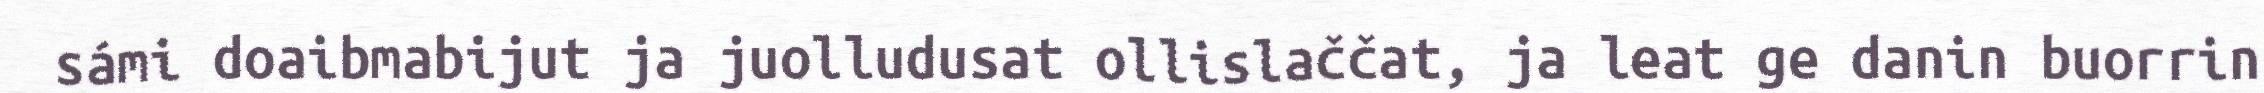
sámi doaibmabijut ja juolludusat ollislaččat, ja leat ge danin buorrin